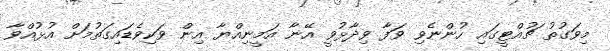
މިވަގުތު ޗުއްޓީގައި ހުންނެވި ވަފާ ވިދާޅުވީ އޭނާ އަމީނިއްޔާ އިން ވަކިވެޑައިގަތުމަށް އުޅުއްވާ